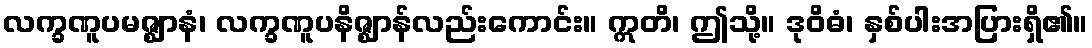
လက္ခဏူပမဇ္ဈာနံ၊ လက္ခဏူပနိဇ္ဈာန်လည်းကောင်း။ ဣတိ၊ ဤသို့။ ဒုဝိဓံ၊ နှစ်ပါးအပြားရှိ၏။